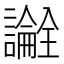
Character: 𬣎